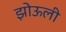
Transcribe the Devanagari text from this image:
झोऊली